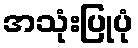
အသုံးပြုပုံ